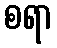
စရာ